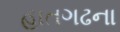
હાતગઢના